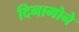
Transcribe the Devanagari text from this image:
दिनामोने